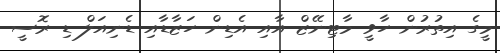
މީގެ އިތުރުން ހާވީ މާޓިނޭޒް އާއި އެޑިން ހަޒާޑާއި ޑެނިއަލް ޑި ރޮސީ